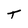
Character: T